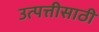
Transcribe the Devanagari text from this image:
उत्पत्तीसाठी